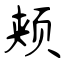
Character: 颊